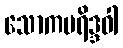
သောကပရိဒ္ဒဝါ